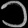
Digit: ၁